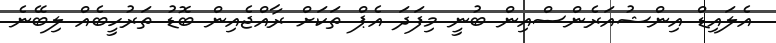
އެލައިޑް އިންޝުއަރެންސްއިން ބުނީ މިފަދަ އެޕް ތަކަށް ރާއްޖެއިން ބޮޑު ތަރުހީބެއް ލިބޭނެ